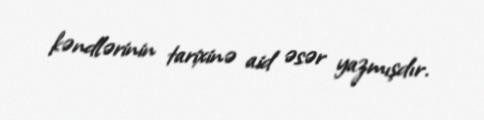
kəndlərinin tarixinə aid əsər yazmışdır.